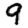
Digit: 9